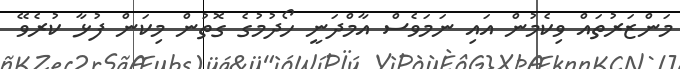
މަންޒަރުތައް ވިކެމުން އައި ނަމަވެސް އާމްދަނީ ހޯދުމުގެ ގޮތުން މިކަން ފުޅާ ކުރެވޭ